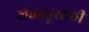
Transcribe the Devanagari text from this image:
खेळाडूसाठी